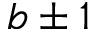
b \pm 1